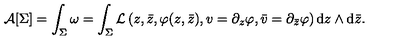
{ \cal A } [ \Sigma ] = \int _ { \Sigma } \omega = \int _ { \Sigma } { \cal L } \left( z , \bar { z } , \varphi ( z , \bar { z } ) , v = \partial _ { z } \varphi , \bar { v } = \partial _ { \bar { z } } \varphi \right) { \mathrm { d } } z \wedge \mathrm { d } \bar { z } .